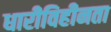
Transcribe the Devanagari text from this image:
धारीविहीनता